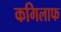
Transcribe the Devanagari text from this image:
कगिलाफ